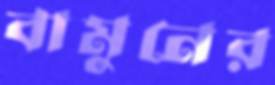
বামুনের